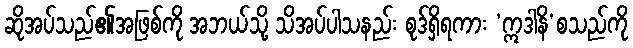
ဆိုအပ်သည်၏အဖြစ်ကို အဘယ်သို့ သိအပ်ပါသနည်း စုဒ်ရှိရကား ‘ဣဒါနိ’စသည်ကို